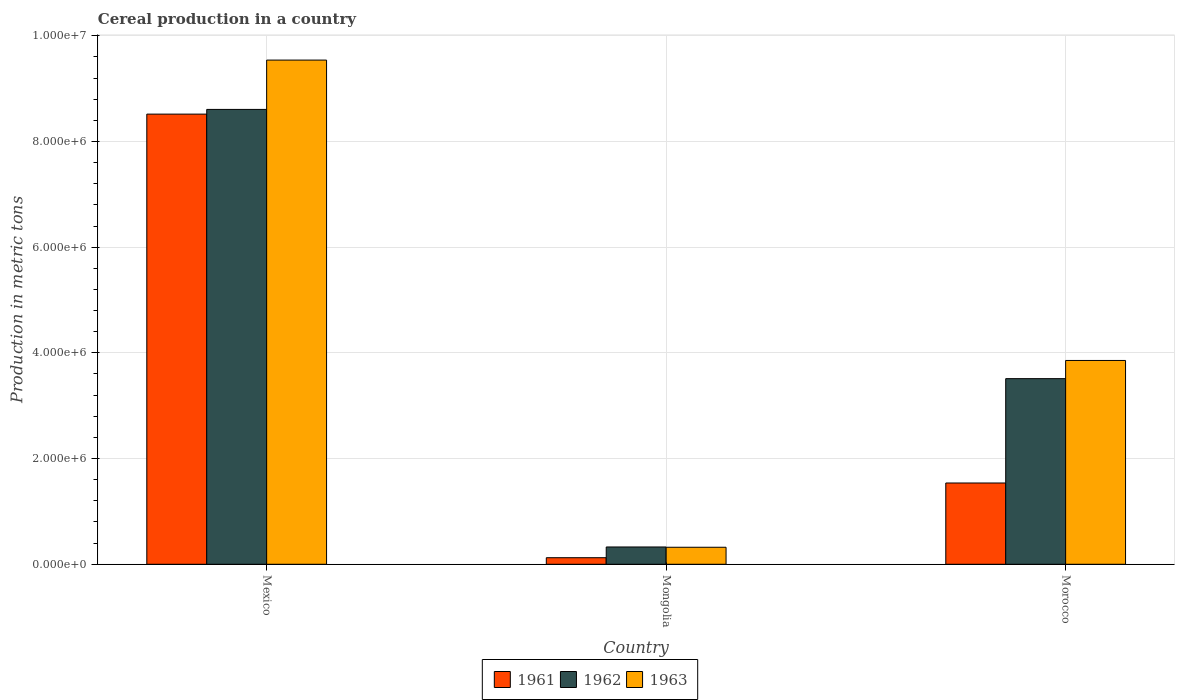
| Country | 1961 | 1962 | 1963 |
 | --- | --- | --- | --- |
 | Mexico | 8.52e+06 | 8.61e+06 | 9.54e+06 |
 | Mongolia | 1.24e+05 | 3.27e+05 | 3.22e+05 |
 | Morocco | 1.54e+06 | 3.51e+06 | 3.86e+06 |